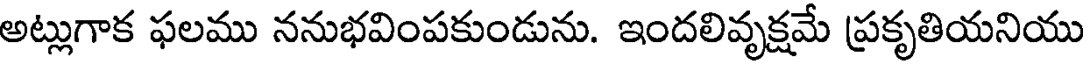
అట్లుగాక ఫలము ననుభవింపకుండును. ఇందలివృక్షమే ప్రకృతియనియు